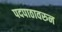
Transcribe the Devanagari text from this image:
पदपाठावरुन